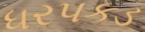
ધરપકડ